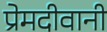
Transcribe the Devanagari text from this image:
प्रेमदीवानी